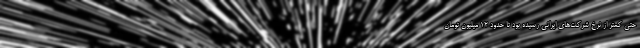
حتی کمتر از نرخ شرکت‌های ایرانی رسیده بود تا حدود ۱۲ میلیون تومان